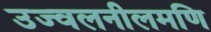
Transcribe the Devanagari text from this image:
उज्वलनीलमणि